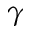
\gamma